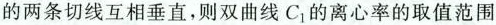
的两条切线互相垂直，则双曲线C_{1}的离心率的取值范围